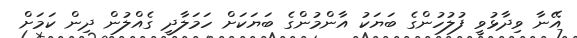
އޭނާ ވިދާޅުވީ ފުލުހުންގެ ބަޔަކު އާންމުންގެ ބަޔަކަށް ހަމަލާދީ ގެއްލުން ދިން ކަމަށް